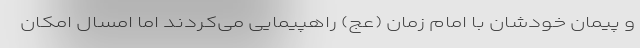
و پیمان خودشان با امام زمان (عج) راهپیمایی می‌کردند اما امسال امکان